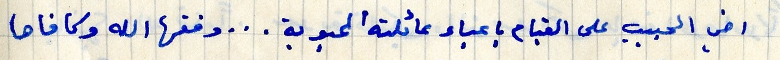
اخي الحبيب على القيام باعباء عائلته المحبوبة ... وفقها الله وكافاها